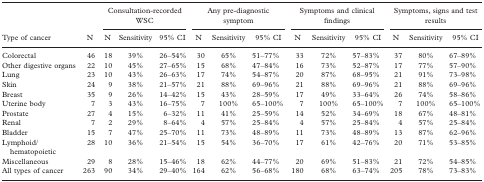
<table><thead><tr><td></td><td></td><td><b>Consultation-recorded WSC</b></td><td><b>Any pre-diagnostic symptom</b></td><td><b>Symptoms and clinical findings</b></td><td><b>Symptoms, signs and test results</b></td></tr><tr><td><b>Type of cancer</b></td><td><b>N</b></td><td><b>N</b></td><td><b>Sensitivity</b></td><td><b>95% CI</b></td><td><b>N</b></td><td><b>Sensitivity</b></td><td><b>95% CI</b></td><td><b>N</b></td><td><b>Sensitivity</b></td><td><b>95% CI</b></td><td><b>N</b></td><td><b>Sensitivity</b></td><td><b>95% CI</b></td></tr></thead><tbody><tr><td>Colorectal</td><td>46</td><td>18</td><td>39%</td><td>26–54%</td><td>30</td><td>65%</td><td>51–77%</td><td>33</td><td>72%</td><td>57–83%</td><td>37</td><td>80%</td><td>67–89%</td></tr><tr><td>Other digestive organs</td><td>22</td><td>10</td><td>45%</td><td>27–65%</td><td>15</td><td>68%</td><td>47–84%</td><td>16</td><td>73%</td><td>52–87%</td><td>17</td><td>77%</td><td>57–90%</td></tr><tr><td>Lung</td><td>23</td><td>10</td><td>43%</td><td>26–63%</td><td>17</td><td>74%</td><td>54–87%</td><td>20</td><td>87%</td><td>68–95%</td><td>21</td><td>91%</td><td>73–98%</td></tr><tr><td>Skin</td><td>24</td><td>9</td><td>38%</td><td>21–57%</td><td>21</td><td>88%</td><td>69–96%</td><td>21</td><td>88%</td><td>69–96%</td><td>21</td><td>88%</td><td>69–96%</td></tr><tr><td>Breast</td><td>35</td><td>9</td><td>26%</td><td>14–42%</td><td>15</td><td>43%</td><td>28–59%</td><td>17</td><td>49%</td><td>33–64%</td><td>26</td><td>74%</td><td>58–86%</td></tr><tr><td>Uterine body</td><td>7</td><td>3</td><td>43%</td><td>16–75%</td><td>7</td><td>100%</td><td>65–100%</td><td>7</td><td>100%</td><td>65–100%</td><td>7</td><td>100%</td><td>65–100%</td></tr><tr><td>Prostate</td><td>27</td><td>4</td><td>15%</td><td>6–32%</td><td>11</td><td>41%</td><td>25–59%</td><td>14</td><td>52%</td><td>34–69%</td><td>18</td><td>67%</td><td>48–81%</td></tr><tr><td>Renal</td><td>7</td><td>2</td><td>29%</td><td>8–64%</td><td>4</td><td>57%</td><td>25–84%</td><td>4</td><td>57%</td><td>25–84%</td><td>4</td><td>57%</td><td>25–84%</td></tr><tr><td>Bladder</td><td>15</td><td>7</td><td>47%</td><td>25–70%</td><td>11</td><td>73%</td><td>48–89%</td><td>11</td><td>73%</td><td>48–89%</td><td>13</td><td>87%</td><td>62–96%</td></tr><tr><td>Lymphoid/hematopoietic</td><td>28</td><td>10</td><td>36%</td><td>21–54%</td><td>15</td><td>54%</td><td>36–70%</td><td>17</td><td>61%</td><td>42–76%</td><td>20</td><td>71%</td><td>53–85%</td></tr><tr><td>Miscellaneous</td><td>29</td><td>8</td><td>28%</td><td>15–46%</td><td>18</td><td>62%</td><td>44–77%</td><td>20</td><td>69%</td><td>51–83%</td><td>21</td><td>72%</td><td>54–85%</td></tr><tr><td>All types of cancer</td><td>263</td><td>90</td><td>34%</td><td>29–40%</td><td>164</td><td>62%</td><td>56–68%</td><td>180</td><td>68%</td><td>63–74%</td><td>205</td><td>78%</td><td>73–83%</td></tr></tbody></table>